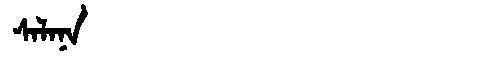
Manchu: ᠰᠠᠯᠠᠨᠠ
Romanization: SALANA